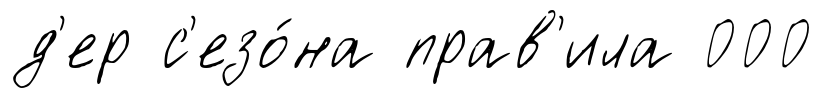
д'ер с'езо́на прав'ила 000